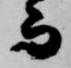
而